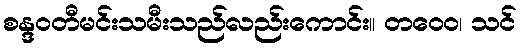
စန္ဒဝတီမင်းသမီးသည်လည်းကောင်း။ တဝေဝ၊ သင်